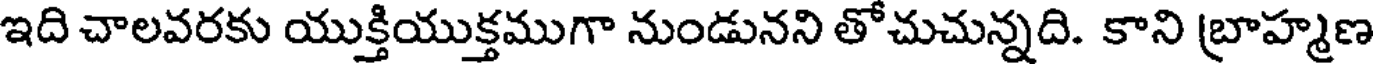
ఇది చాలవరకు యుక్తియుక్తముగా నుండునని తోచుచున్నది. కాని బ్రాహ్మణ